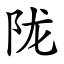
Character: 陇